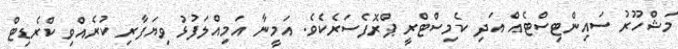
މަޝްހޫރު ސައިންޓިސްޓެއް އަދި ކެމިސްޓްރީ ޕްރޮފެސަރެކެވެ. އަމީނާ އަމިއްލަފުޅު ވިޔަފާރި ކުރެއްވި ކްރެޑިޓް